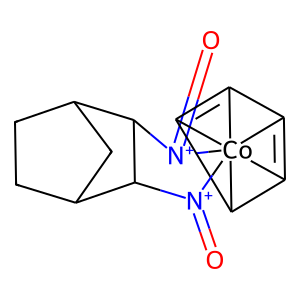
SMILES: O=[N+]1C2C3CCC(C3)C2[N+](=O)[Co]12345C1=C2C3C4=C15
Inhibits HIV replication: No